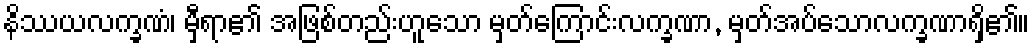
နိဿယလက္ခဏံ၊ မှီရာ၏ အဖြစ်တည်းဟူသော မှတ်ကြောင်းလက္ခဏာ, မှတ်အပ်သောလက္ခဏာရှိ၏။